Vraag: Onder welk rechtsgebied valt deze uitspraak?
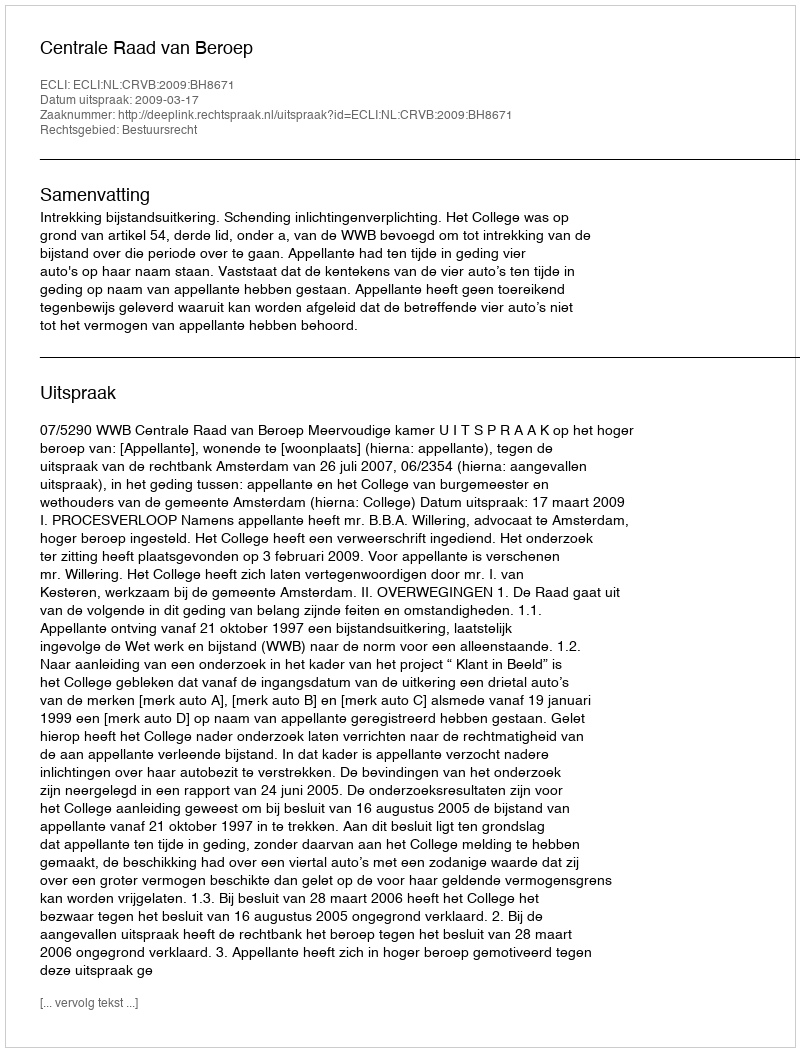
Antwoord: Bestuursrecht